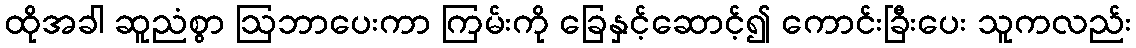
ထိုအခါ ဆူညံစွာ ဩဘာပေးကာ ကြမ်းကို ခြေနှင့်ဆောင့်၍ ကောင်းခြီးပေး သူကလည်း